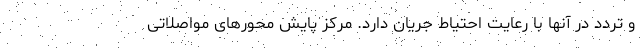
و تردد در آنها با رعایت احتیاط جریان دارد. مرکز پایش محورهای مواصلاتی